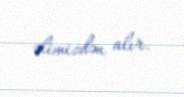
əlimizdən alır.